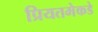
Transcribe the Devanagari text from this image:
प्रियतमेकडे